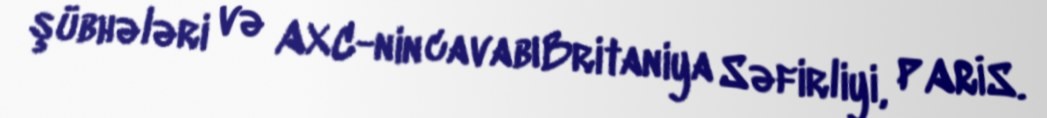
şübhələri və AXC-nin cavabıBritaniya Səfirliyi, PARİS.